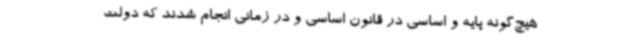
هیچ‌گونه پایه و اساسی در قانون اساسی و در زمانی انجام شدند که دولت